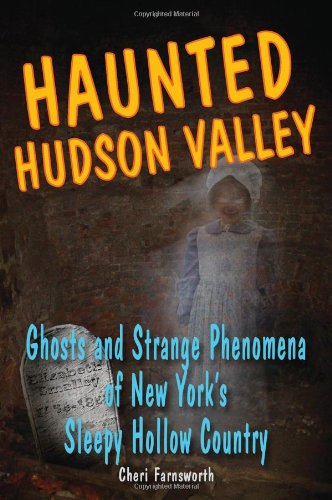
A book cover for Haunted Hudson Valley: Ghosts and Strange Phenomena of New York's Sleepy Hollow Country (Haunted Series); Cheri Farnsworth; Religion & Spirituality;